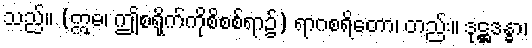
သည်။ (ဣဓ၊ ဤစရိုက်ကိုစိစစ်ရာ၌) ရာဂစရိတော၊ တည်း။ ဒုဋ္ဌဒန္ဓာ၊